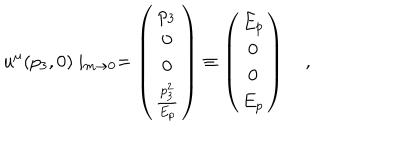
u ^ { \mu } ( p _ { 3 } , 0 ) \mid _ { m \rightarrow 0 } = \left( \begin{matrix} { { p _ { 3 } } } \\ { { 0 } } \\ { { 0 } } \\ { { { \frac { p _ { 3 } ^ { 2 } } { E _ { p } } } } } \\ \end{matrix} \right) \equiv \left( \begin{matrix} { { E _ { p } } } \\ { { 0 } } \\ { { 0 } } \\ { { E _ { p } } } \\ \end{matrix} \right) \quad ,